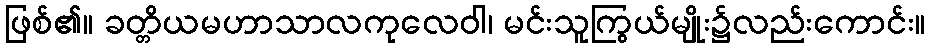
ဖြစ်၏။ ခတ္တိယမဟာသာလကုလေဝါ၊ မင်းသူကြွယ်မျိုး၌လည်းကောင်း။